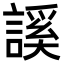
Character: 謑